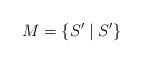
LaTeX: \begin{align*}M=\{S' \mid S' \}\end{align*}